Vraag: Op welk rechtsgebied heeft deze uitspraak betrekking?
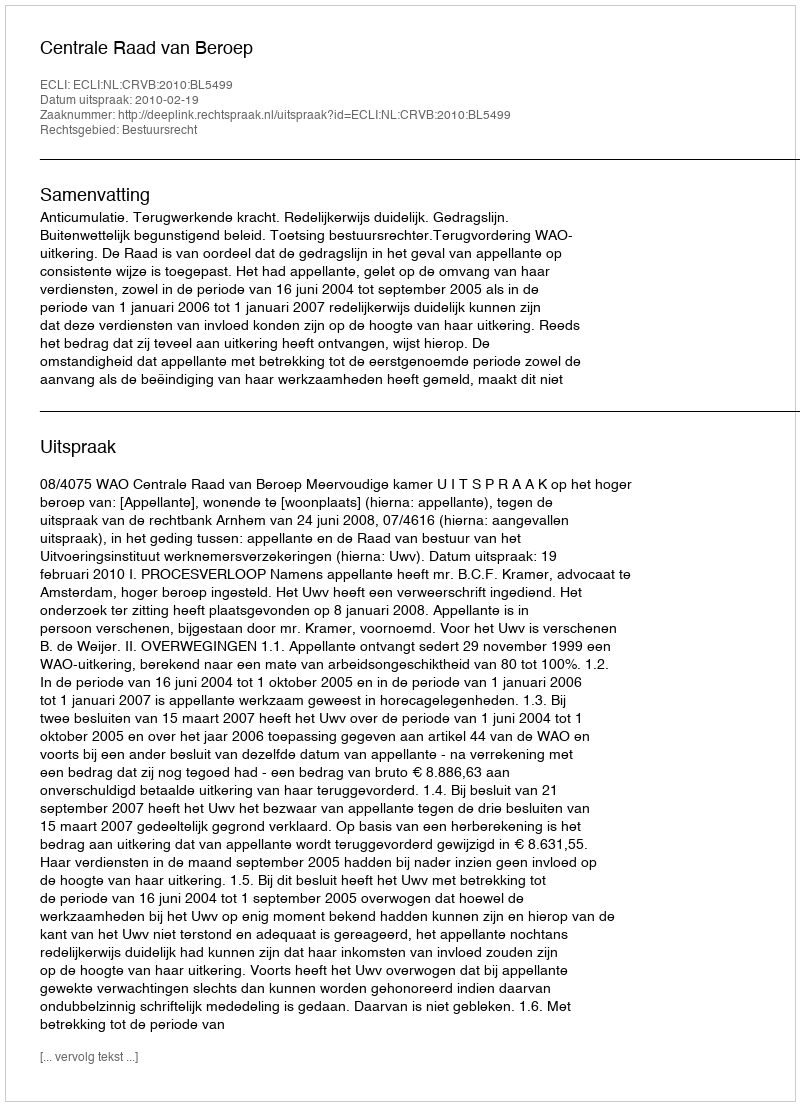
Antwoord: Bestuursrecht